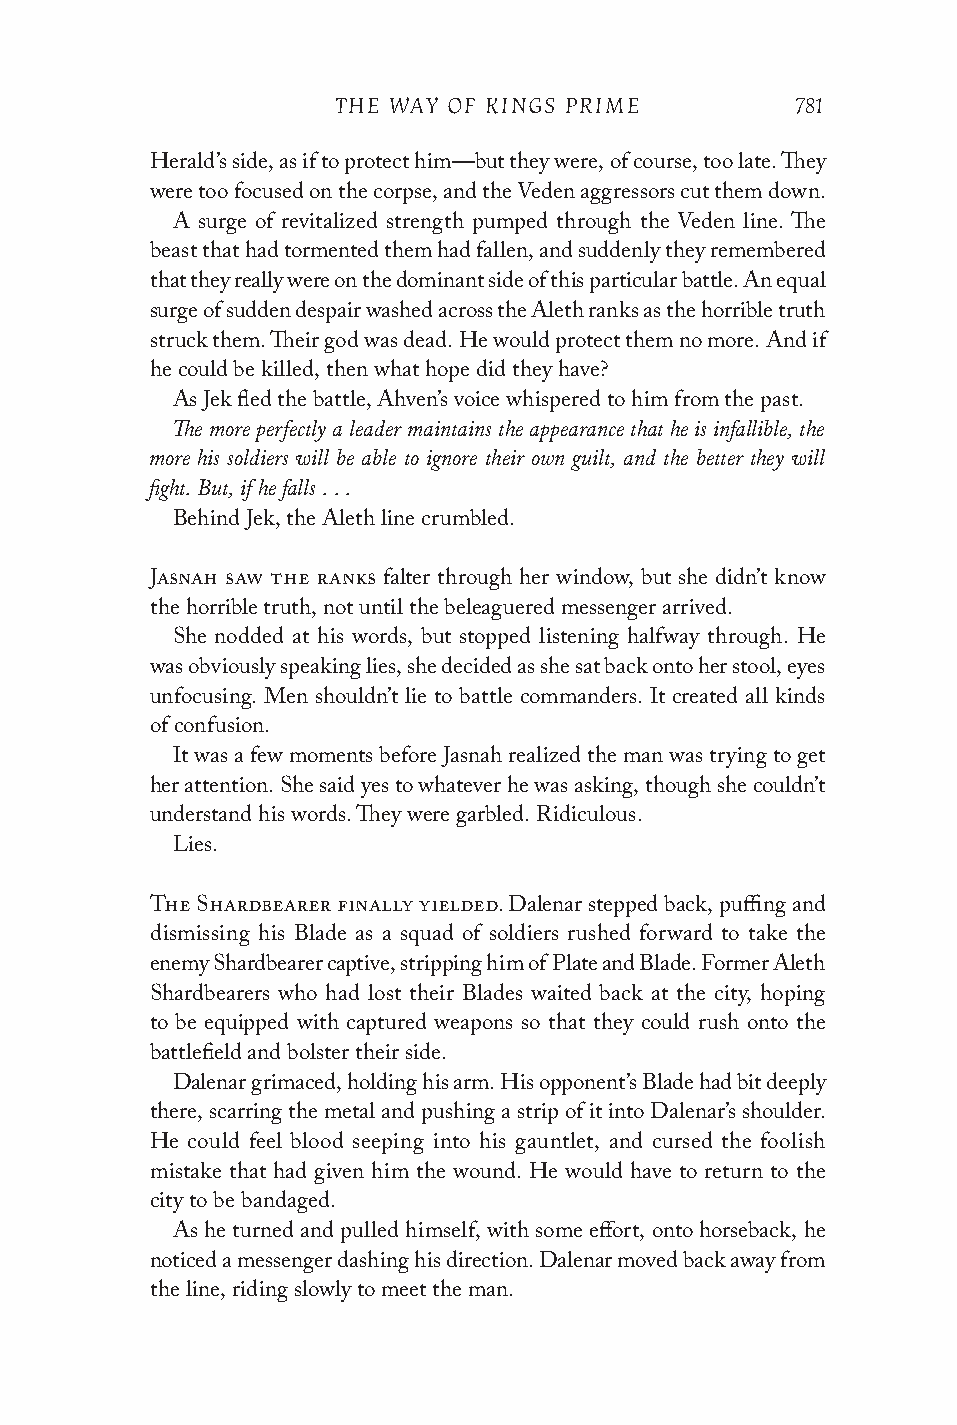
THE WAY OF KINGS PRIME         781
 Herald’s side, as if to protect him—but they were, of course, too late. They
 were too focused on the corpse, and the Veden aggressors cut them down.
 A surge of revitalized strength pumped through the Veden line. The
 beast that had tormented them had fallen, and suddenly they remembered
 that they really were on the dominant side of this particular battle. An equal
 surge of sudden despair washed across the Aleth ranks as the horrible truth
 struck them. Their god was dead. He would protect them no more. And if
 he could be killed, then what hope did they have?
 As Jek fled the battle, Ahven’s voice whispered to him from the past.
 The more perfectly a leader maintains the appearance that he is infallible, the
 more his soldiers will be able to ignore their own guilt, and the better they will
 fight. But, if he falls . . .
 Behind Jek, the Aleth line crumbled.
 Jasnah saw the ranks falter through her window, but she didn’t know
 the horrible truth, not until the beleaguered messenger arrived.
 She nodded at his words, but stopped listening halfway through. He
 was obviously speaking lies, she decided as she sat back onto her stool, eyes
 unfocusing. Men shouldn’t lie to battle commanders. It created all kinds
 of confusion.
 It was a few moments before Jasnah realized the man was trying to get
 her attention. She said yes to whatever he was asking, though she couldn’t
 understand his words. They were garbled. Ridiculous.
 Lies.
 The Shardbearer finally yielded. Dalenar stepped back, puffing and
 dismissing his Blade as a squad of soldiers rushed forward to take the
 enemy Shardbearer captive, stripping him of Plate and Blade. Former Aleth
 Shardbearers who had lost their Blades waited back at the city, hoping
 to be equipped with captured weapons so that they could rush onto the
 battlefield and bolster their side.
 Dalenar grimaced, holding his arm. His opponent’s Blade had bit deeply
 there, scarring the metal and pushing a strip of it into Dalenar’s shoulder.
 He could feel blood seeping into his gauntlet, and cursed the foolish
 mistake that had given him the wound. He would have to return to the
 city to be bandaged.
 As he turned and pulled himself, with some effort, onto horseback, he
 noticed a messenger dashing his direction. Dalenar moved back away from
 the line, riding slowly to meet the man.